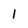
Character: l